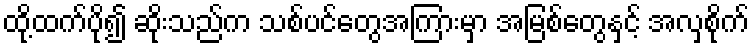
ထို့ထက်ပို၍ ဆိုးသည်က သစ်ပင်တွေအကြားမှာ အမြစ်တွေနှင့် အလှစိုက်